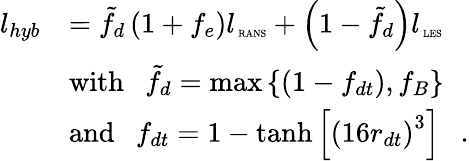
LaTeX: \begin{array}{rl}{l_{hyb}}&{=\tilde{f}_{d}\left({1+f_{e}}\right)l_{\mathrm{\tiny~RANS}}+\left({1-\tilde{f}_{d}}\right)l_{\mathrm{\tiny~LES}}}\\ &{\mathrm{with}\ \ \ \tilde{f}_{d}=\operatorname*{max}{\{ (1-f_{dt}),f_{B}\} }}\\ &{\mathrm{and}\ \ \ f_{dt}=1-\operatorname{tanh}{\left[{\left(16r_{dt}\right)}^{3}\right]}\ \ \ .}\end{array}